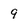
Character: 9